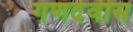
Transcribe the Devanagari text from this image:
गणदेवीस